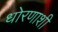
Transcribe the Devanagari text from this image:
धोरणाशी